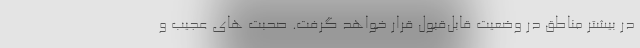
در بیشتر مناطق در وضعیت قابل‌قبول قرار خواهد گرفت. صحبت های عجیب و